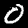
Label: 0